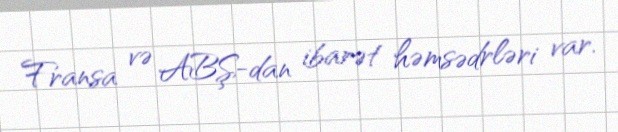
Fransa və ABŞ-dan ibarət həmsədrləri var.